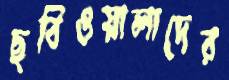
ছবিওয়ালাদের